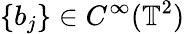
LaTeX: \{ b_{j}\} \in C^{\infty}(\mathbb{T}^{2})